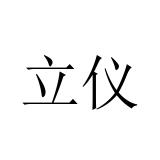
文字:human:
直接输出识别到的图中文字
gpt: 立仪